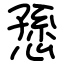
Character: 愻